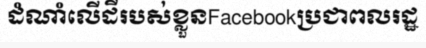
ដំណាំលើដីរបស់ខ្លួនFacebookប្រជាពលរដ្ឋ